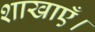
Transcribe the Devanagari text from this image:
शाखाएँ।